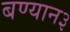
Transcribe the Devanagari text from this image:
बण्यान३